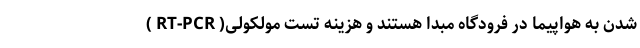
شدن به هواپیما در فرودگاه مبدا هستند و هزینه تست مولکولی( RT-PCR )